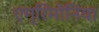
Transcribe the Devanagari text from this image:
एग्रिमोनिया